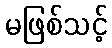
မဖြစ်သင့်